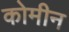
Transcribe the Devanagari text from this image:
कोमीन